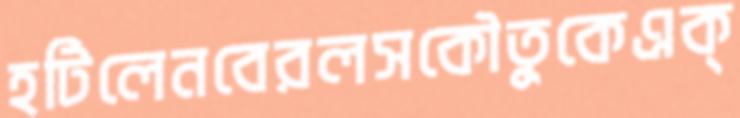
হটিলেনবেরলসকৌতুকেএক্